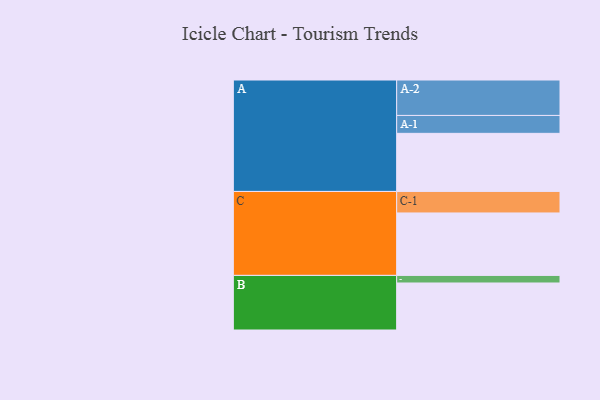
{"axis": {"x": "Segment", "y": "Value"}, "legend": ["", "A", "B", "C"], "data": [{"x": "A", "y": 467, "type": ""}, {"x": "B", "y": 378, "type": ""}, {"x": "C", "y": 502, "type": ""}, {"x": "A-1", "y": 144, "type": "A"}, {"x": "A-2", "y": 285, "type": "A"}, {"x": "B-1", "y": 61, "type": "B"}, {"x": "C-1", "y": 173, "type": "C"}]}